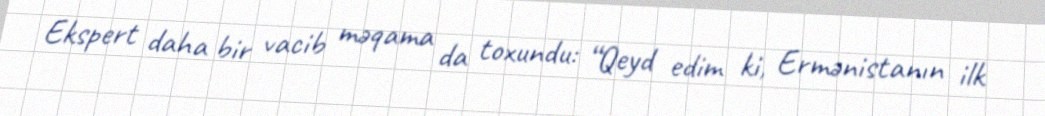
Ekspert daha bir vacib məqama da toxundu: “Qeyd edim ki, Ermənistanın ilk